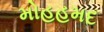
મોહહમદ